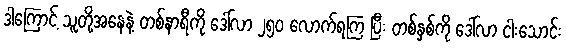
ဒါကြောင့် သူတို့အနေနဲ့ တစ်နာရီကို ဒေါ်လာ ၂၅၀ လောက်ရကြ ပြီး တစ်နှစ်ကို ဒေါ်လာ ငါးသောင်း